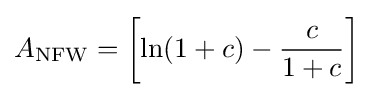
A_{\text{NFW}}=\left[\ln(1+c)-{\frac {c}{1+c}}\right]